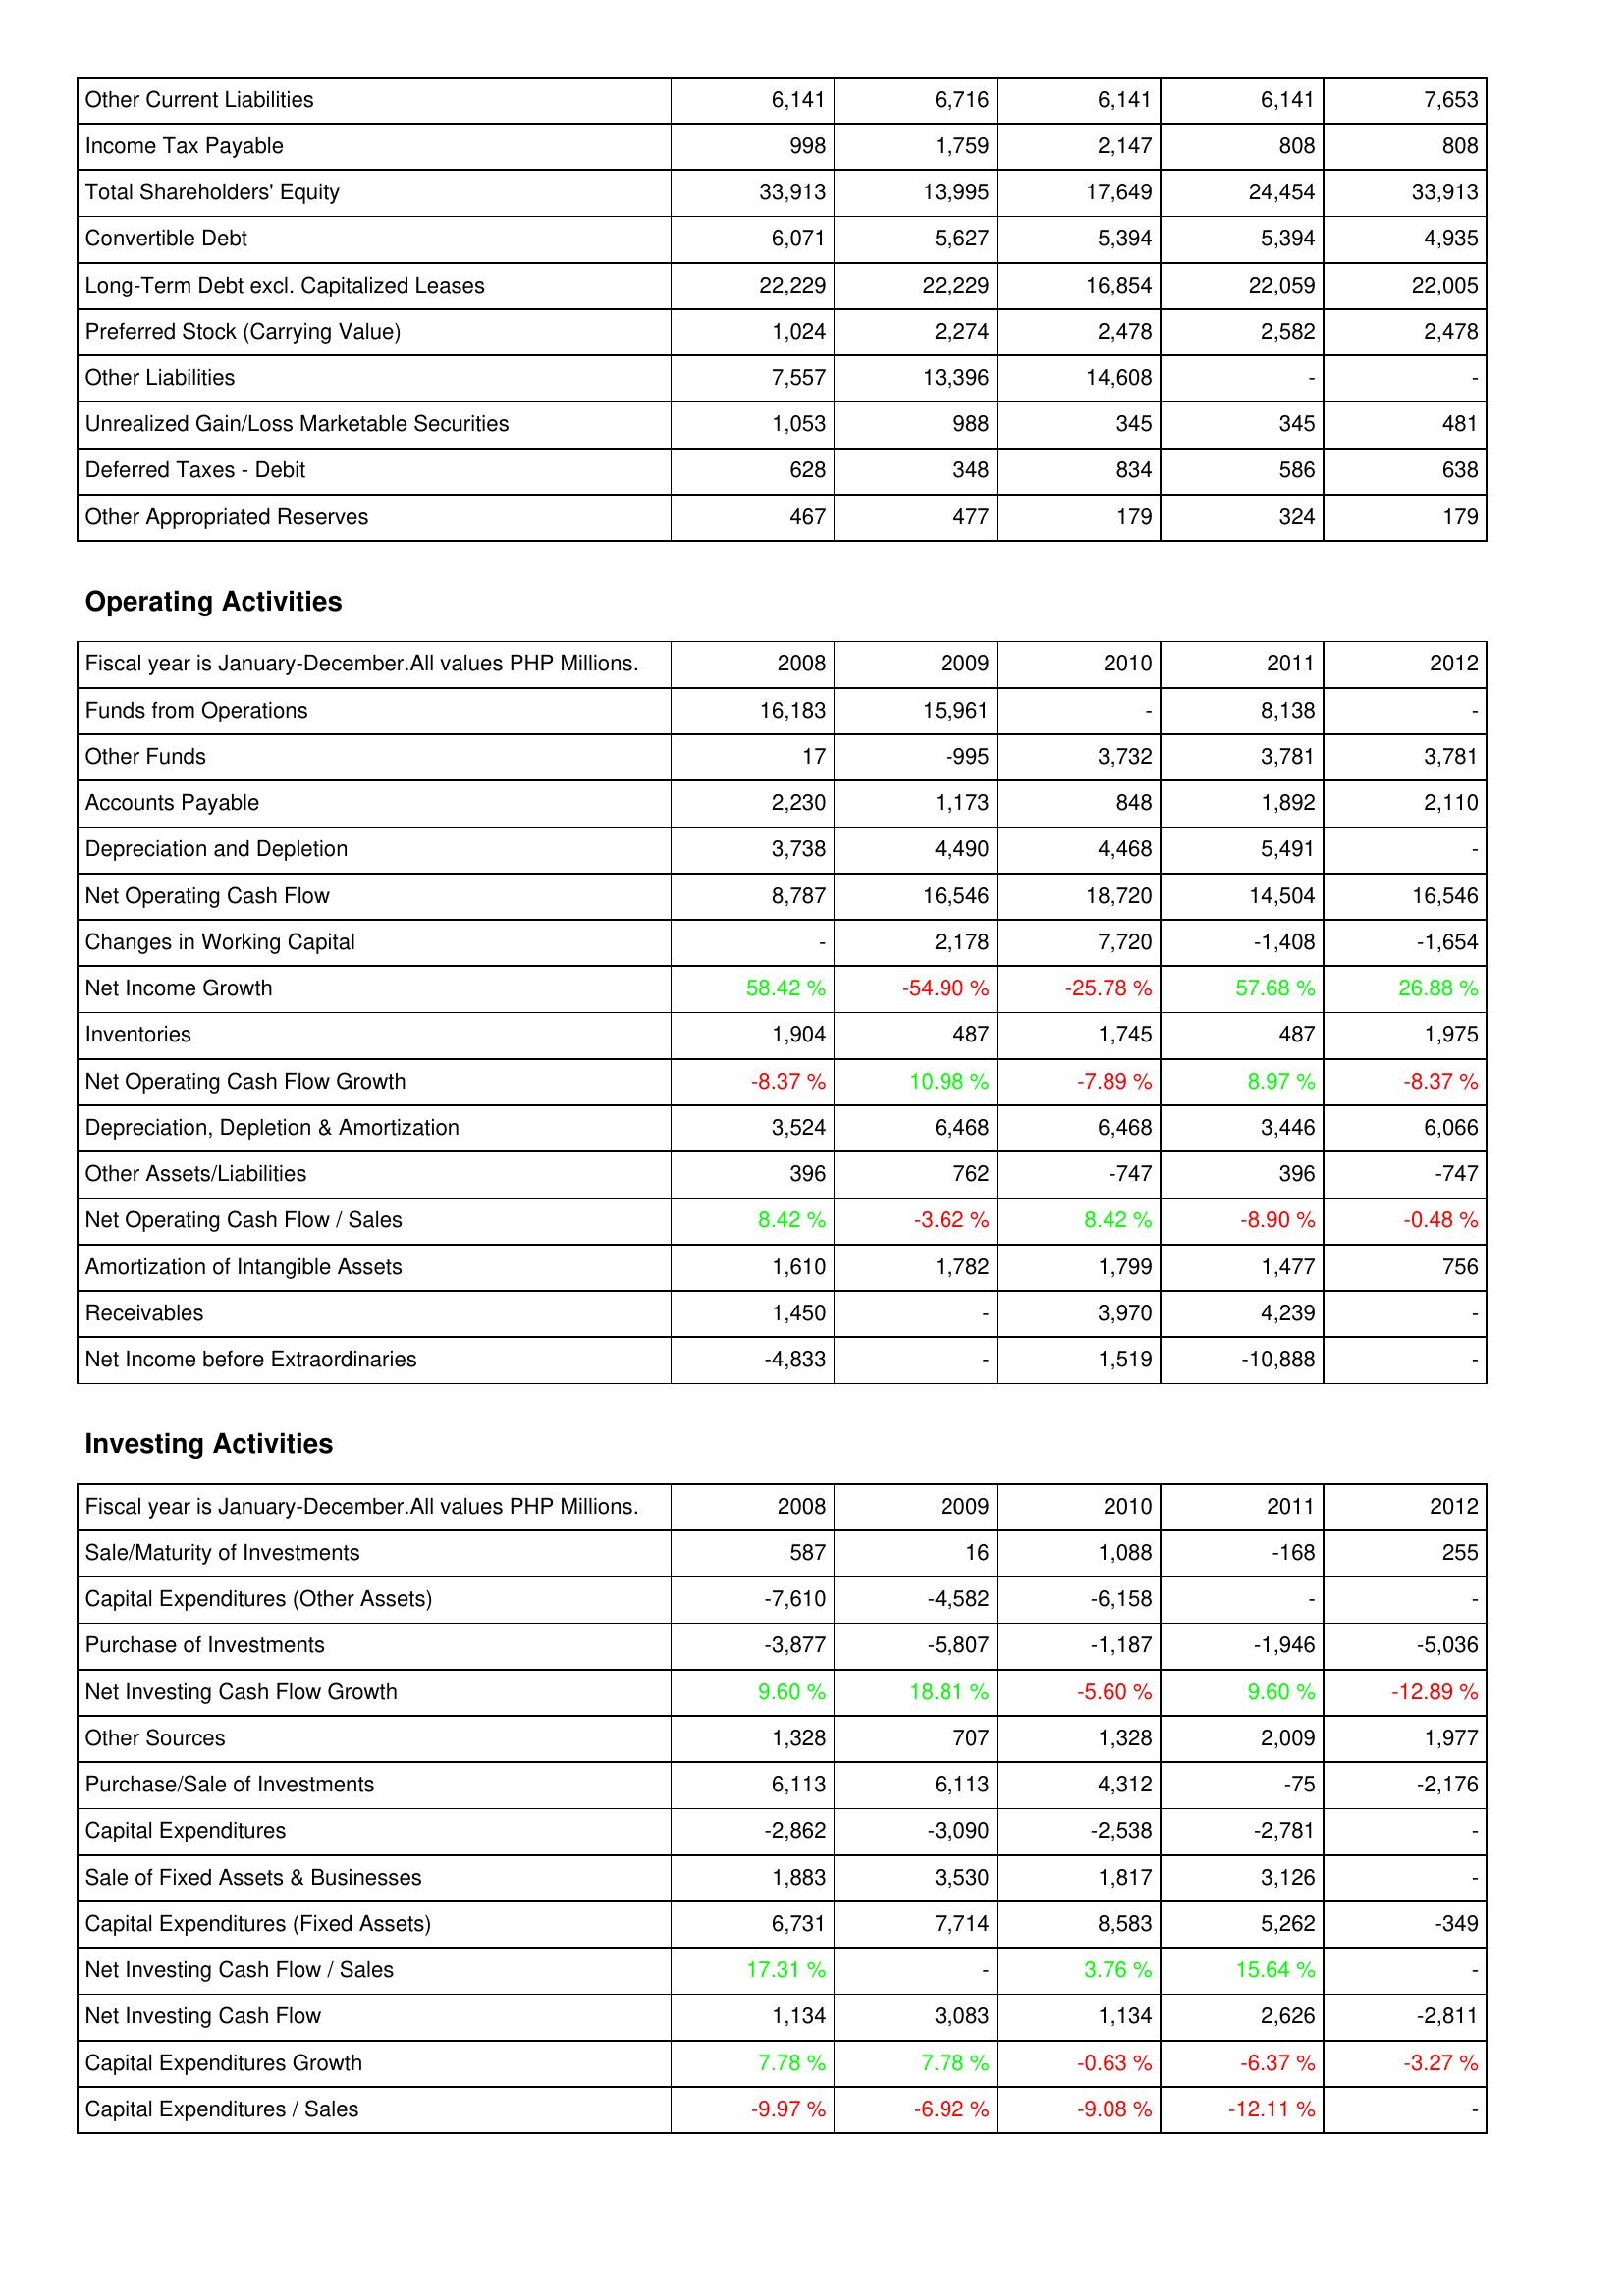
2008: Liabilities & Shareholders' Equity: Other Current Liabilities: 6,141
Income Tax Payable: 998
Total Shareholders' Equity: 33,913
Convertible Debt: 6,071
Long-Term Debt excl. Capitalized Leases: 22,229
Preferred Stock (Carrying Value): 1,024
Other Liabilities: 7,557
Unrealized Gain/Loss Marketable Securities: 1,053
Deferred Taxes - Debit: 628
Other Appropriated Reserves: 467
Operating Activities: Funds from Operations: 16,183
Other Funds: 17
Accounts Payable: 2,230
Depreciation and Depletion: 3,738
Net Operating Cash Flow: 8,787
Changes in Working Capital: -
Net Income Growth: 58.42 %
Inventories: 1,904
Net Operating Cash Flow Growth: -8.37 %
Depreciation, Depletion & Amortization: 3,524
Other Assets/Liabilities: 396
Net Operating Cash Flow / Sales: 8.42 %
Amortization of Intangible Assets: 1,610
Receivables: 1,450
Net Income before Extraordinaries: -4,833
Investing Activities: Sale/Maturity of Investments: 587
Capital Expenditures (Other Assets): -7,610
Purchase of Investments: -3,877
Net Investing Cash Flow Growth: 9.60 %
Other Sources: 1,328
Purchase/Sale of Investments: 6,113
Capital Expenditures: -2,862
Sale of Fixed Assets & Businesses: 1,883
Capital Expenditures (Fixed Assets): 6,731
Net Investing Cash Flow / Sales: 17.31 %
Net Investing Cash Flow: 1,134
Capital Expenditures Growth: 7.78 %
Capital Expenditures / Sales: -9.97 %
2009: Liabilities & Shareholders' Equity: Other Current Liabilities: 6,716
Income Tax Payable: 1,759
Total Shareholders' Equity: 13,995
Convertible Debt: 5,627
Long-Term Debt excl. Capitalized Leases: 22,229
Preferred Stock (Carrying Value): 2,274
Other Liabilities: 13,396
Unrealized Gain/Loss Marketable Securities: 988
Deferred Taxes - Debit: 348
Other Appropriated Reserves: 477
Operating Activities: Funds from Operations: 15,961
Other Funds: -995
Accounts Payable: 1,173
Depreciation and Depletion: 4,490
Net Operating Cash Flow: 16,546
Changes in Working Capital: 2,178
Net Income Growth: -54.90 %
Inventories: 487
Net Operating Cash Flow Growth: 10.98 %
Depreciation, Depletion & Amortization: 6,468
Other Assets/Liabilities: 762
Net Operating Cash Flow / Sales: -3.62 %
Amortization of Intangible Assets: 1,782
Receivables: -
Net Income before Extraordinaries: -
Investing Activities: Sale/Maturity of Investments: 16
Capital Expenditures (Other Assets): -4,582
Purchase of Investments: -5,807
Net Investing Cash Flow Growth: 18.81 %
Other Sources: 707
Purchase/Sale of Investments: 6,113
Capital Expenditures: -3,090
Sale of Fixed Assets & Businesses: 3,530
Capital Expenditures (Fixed Assets): 7,714
Net Investing Cash Flow / Sales: -
Net Investing Cash Flow: 3,083
Capital Expenditures Growth: 7.78 %
Capital Expenditures / Sales: -6.92 %
2010: Liabilities & Shareholders' Equity: Other Current Liabilities: 6,141
Income Tax Payable: 2,147
Total Shareholders' Equity: 17,649
Convertible Debt: 5,394
Long-Term Debt excl. Capitalized Leases: 16,854
Preferred Stock (Carrying Value): 2,478
Other Liabilities: 14,608
Unrealized Gain/Loss Marketable Securities: 345
Deferred Taxes - Debit: 834
Other Appropriated Reserves: 179
Operating Activities: Funds from Operations: -
Other Funds: 3,732
Accounts Payable: 848
Depreciation and Depletion: 4,468
Net Operating Cash Flow: 18,720
Changes in Working Capital: 7,720
Net Income Growth: -25.78 %
Inventories: 1,745
Net Operating Cash Flow Growth: -7.89 %
Depreciation, Depletion & Amortization: 6,468
Other Assets/Liabilities: -747
Net Operating Cash Flow / Sales: 8.42 %
Amortization of Intangible Assets: 1,799
Receivables: 3,970
Net Income before Extraordinaries: 1,519
Investing Activities: Sale/Maturity of Investments: 1,088
Capital Expenditures (Other Assets): -6,158
Purchase of Investments: -1,187
Net Investing Cash Flow Growth: -5.60 %
Other Sources: 1,328
Purchase/Sale of Investments: 4,312
Capital Expenditures: -2,538
Sale of Fixed Assets & Businesses: 1,817
Capital Expenditures (Fixed Assets): 8,583
Net Investing Cash Flow / Sales: 3.76 %
Net Investing Cash Flow: 1,134
Capital Expenditures Growth: -0.63 %
Capital Expenditures / Sales: -9.08 %
2011: Liabilities & Shareholders' Equity: Other Current Liabilities: 6,141
Income Tax Payable: 808
Total Shareholders' Equity: 24,454
Convertible Debt: 5,394
Long-Term Debt excl. Capitalized Leases: 22,059
Preferred Stock (Carrying Value): 2,582
Other Liabilities: -
Unrealized Gain/Loss Marketable Securities: 345
Deferred Taxes - Debit: 586
Other Appropriated Reserves: 324
Operating Activities: Funds from Operations: 8,138
Other Funds: 3,781
Accounts Payable: 1,892
Depreciation and Depletion: 5,491
Net Operating Cash Flow: 14,504
Changes in Working Capital: -1,408
Net Income Growth: 57.68 %
Inventories: 487
Net Operating Cash Flow Growth: 8.97 %
Depreciation, Depletion & Amortization: 3,446
Other Assets/Liabilities: 396
Net Operating Cash Flow / Sales: -8.90 %
Amortization of Intangible Assets: 1,477
Receivables: 4,239
Net Income before Extraordinaries: -10,888
Investing Activities: Sale/Maturity of Investments: -168
Capital Expenditures (Other Assets): -
Purchase of Investments: -1,946
Net Investing Cash Flow Growth: 9.60 %
Other Sources: 2,009
Purchase/Sale of Investments: -75
Capital Expenditures: -2,781
Sale of Fixed Assets & Businesses: 3,126
Capital Expenditures (Fixed Assets): 5,262
Net Investing Cash Flow / Sales: 15.64 %
Net Investing Cash Flow: 2,626
Capital Expenditures Growth: -6.37 %
Capital Expenditures / Sales: -12.11 %
2012: Liabilities & Shareholders' Equity: Other Current Liabilities: 7,653
Income Tax Payable: 808
Total Shareholders' Equity: 33,913
Convertible Debt: 4,935
Long-Term Debt excl. Capitalized Leases: 22,005
Preferred Stock (Carrying Value): 2,478
Other Liabilities: -
Unrealized Gain/Loss Marketable Securities: 481
Deferred Taxes - Debit: 638
Other Appropriated Reserves: 179
Operating Activities: Funds from Operations: -
Other Funds: 3,781
Accounts Payable: 2,110
Depreciation and Depletion: -
Net Operating Cash Flow: 16,546
Changes in Working Capital: -1,654
Net Income Growth: 26.88 %
Inventories: 1,975
Net Operating Cash Flow Growth: -8.37 %
Depreciation, Depletion & Amortization: 6,066
Other Assets/Liabilities: -747
Net Operating Cash Flow / Sales: -0.48 %
Amortization of Intangible Assets: 756
Receivables: -
Net Income before Extraordinaries: -
Investing Activities: Sale/Maturity of Investments: 255
Capital Expenditures (Other Assets): -
Purchase of Investments: -5,036
Net Investing Cash Flow Growth: -12.89 %
Other Sources: 1,977
Purchase/Sale of Investments: -2,176
Capital Expenditures: -
Sale of Fixed Assets & Businesses: -
Capital Expenditures (Fixed Assets): -349
Net Investing Cash Flow / Sales: -
Net Investing Cash Flow: -2,811
Capital Expenditures Growth: -3.27 %
Capital Expenditures / Sales: -